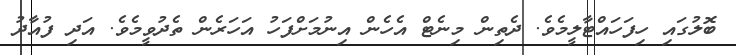
ބޮލުގައި ހިފަހައްޓާލީމެވެ. ދެތިން މިނެޓް އެހެން އިނުމަށްފަހު އަހަރެން ތެދުވީމެވެ. އަދި ފުއާދު